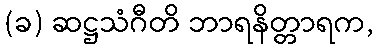
(ခ) ဆဋ္ဌသံဂီတိ ဘာရနိတ္တာရက,